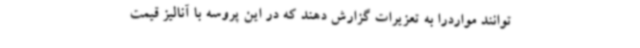
توانند مواردرا به تعزیرات گزارش دهند که در این پروسه با آنالیز قیمت